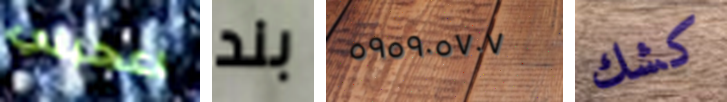
اعجبني بند ٥٩٥٩٠٥٧٠٧ كشك